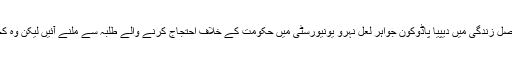
کچھ اسی طرح جیسے اصل زندگی میں دیپیا پاڈوکون جواہر لعل نہرو یونیورسٹی میں حکومت کے خلاف احتجاج کرنے والے طلبہ سے ملنے آئیں لیکن وہ کچھ کہے بغیر چلی گئیں۔